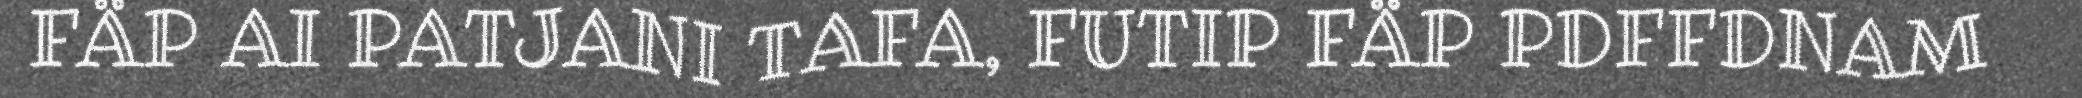
FÄP AI PATJANI TAFA, FUTIP FÄP PDFFDNAM